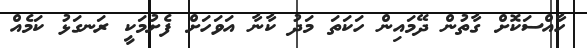
ހާއްސަކޮށް ގާތުން ދޭމައިން ހަކަތަ މަދު ކާނާ އަވަހަށް ފެށުމަކީ ރަނގަޅު ކަމެއް